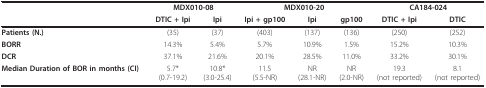
<table><thead><tr><td></td><td colspan="2"><b>MDX010-08</b></td><td colspan="3"><b>MDX010-20</b></td><td colspan="2"><b>CA184-024</b></td></tr><tr><td></td><td><b>DTIC + Ipi</b></td><td><b>Ipi</b></td><td><b>Ipi + gp100</b></td><td><b>Ipi</b></td><td><b>gp100</b></td><td><b>DTIC + Ipi</b></td><td><b>DTIC</b></td></tr></thead><tbody><tr><td><b>Patients (N.)</b></td><td>(35)</td><td>(37)</td><td>(403)</td><td>(137)</td><td>(136)</td><td>(250)</td><td>(252)</td></tr><tr><td><b>BORR</b></td><td>14.3%</td><td>5.4%</td><td>5.7%</td><td>10.9%</td><td>1.5%</td><td>15.2%</td><td>10.3%</td></tr><tr><td><b>DCR</b></td><td>37.1%</td><td>21.6%</td><td>20.1%</td><td>28.5%</td><td>11.0%</td><td>33.2%</td><td>30.1%</td></tr><tr><td><b>Median Duration of BOR in months (CI)</b></td><td>5.7*(0.7-19.2)</td><td>10.8*(3.0-25.4)</td><td>11.5(5.5-NR)</td><td>NR(28.1-NR)</td><td>NR(2.0-NR)</td><td>19.3(not reported)</td><td>8.1(not reported)</td></tr></tbody></table>